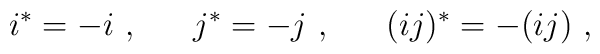
i^* = - i~, ~~~~~j^* = - j~, ~~~~~ (ij)^* = - (ij) ~,